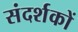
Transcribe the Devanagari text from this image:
संदर्शकों